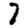
Digit: 7